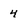
Character: 4